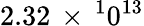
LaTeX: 2.32\, \times\, ^{1}0^{13}